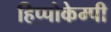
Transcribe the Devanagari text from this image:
हिप्पोकेम्पी